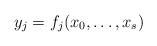
LaTeX: \begin{align*} y_j = f_j(x_0, \dots, x_s) \end{align*}